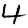
Digit: 4